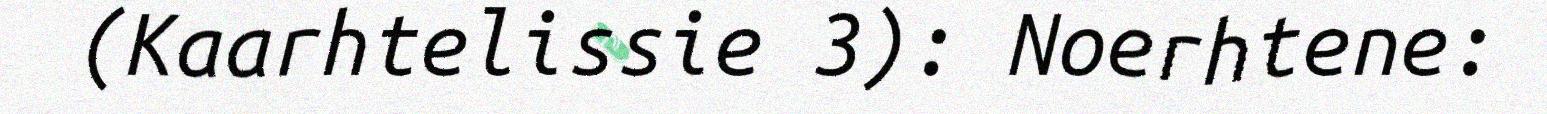
(Kaarhtelissie 3): Noerhtene: